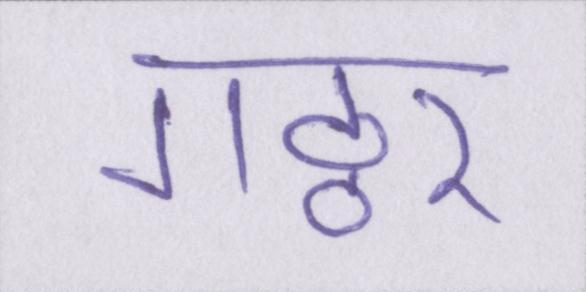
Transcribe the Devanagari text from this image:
गठ्ठर